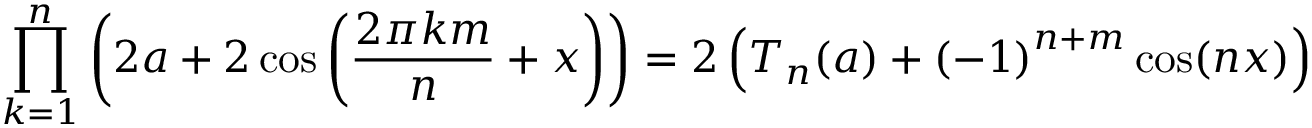
\prod _ { k = 1 } ^ { n } \left( 2 a + 2 \cos \left( { \frac { 2 \pi k m } { n } } + x \right) \right) = 2 \left( T _ { n } ( a ) + { ( - 1 ) } ^ { n + m } \cos ( n x ) \right)